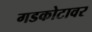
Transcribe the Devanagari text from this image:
गडकोटावर